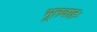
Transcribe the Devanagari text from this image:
भूतवाहः